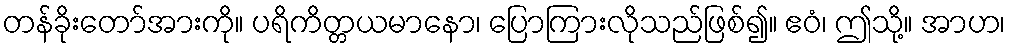
တန်ခိုးတော်အားကို။ ပရိကိတ္တယမာနော၊ ပြောကြားလိုသည်ဖြစ်၍။ ဧဝံ၊ ဤသို့။ အာဟ၊